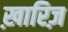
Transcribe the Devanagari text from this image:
ख़ारिज़